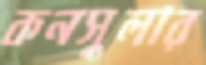
কনসুলার